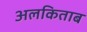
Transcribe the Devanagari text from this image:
अलकिताब